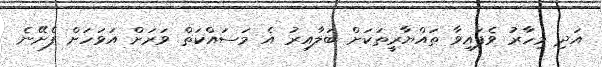
އަދި މިހާރު ވެފައިވާ ތައްޔާރީތަކަށް ބަލާއިރު އެ މަސައްކަތް ވަރަށް އަވަހަށް ފެށޭނެ